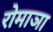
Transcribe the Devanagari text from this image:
रोमाञा